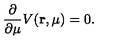
\frac { \partial } { \partial \mu } V ( { \bf r } , \mu ) = 0 .